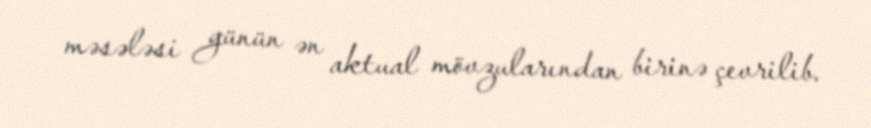
məsələsi günün ən aktual mövzularından birinə çevrilib.